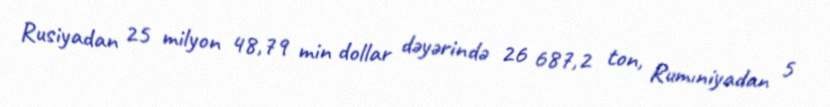
Rusiyadan 25 milyon 48,79 min dollar dəyərində 26 687,2 ton, Rumıniyadan 5